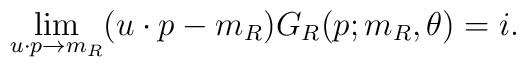
\lim_{u\cdot p\to m_R}(u\cdot p-m_R)G_R(p; m_R,\theta)=i.